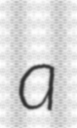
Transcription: a